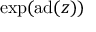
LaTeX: \exp ( \mathrm { a d } ( z ) )